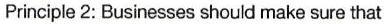
Principle 2: Businesses should make sure that